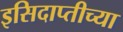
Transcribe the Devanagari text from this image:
इसिदाप्तीच्या